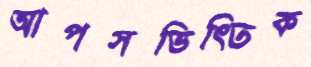
আপসভিত্তিক